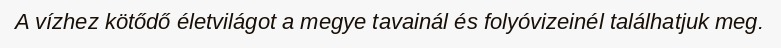
A vízhez kötődő életvilágot a megye tavainál és folyóvizeinél találhatjuk meg.